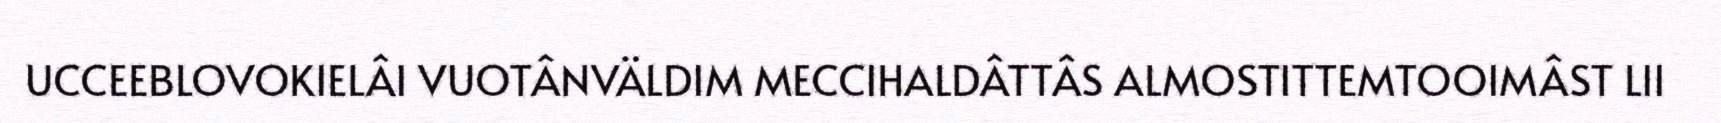
UCCEEBLOVOKIELÂI VUOTÂNVÄLDIM MECCIHALDÂTTÂS ALMOSTITTEMTOOIMÂST LII